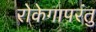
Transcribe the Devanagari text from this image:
रोकेगापरंतु